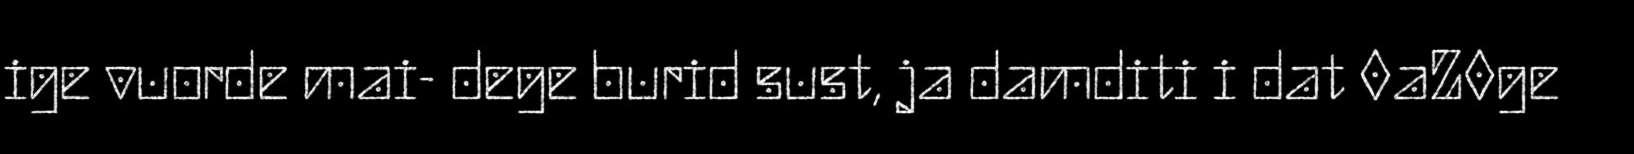
ige vuorde mai- dege burid sust, ja damditi i dat 0aZ0ge